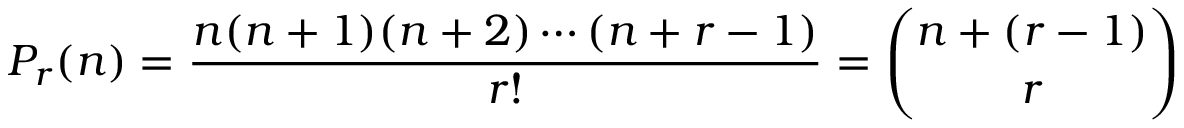
P _ { r } ( n ) = { \frac { n ( n + 1 ) ( n + 2 ) \cdots ( n + r - 1 ) } { r ! } } = { \binom { n + ( r - 1 ) } { r } }